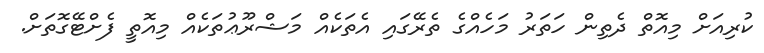
ކުރިއަށް މިއޮތް ދެތިން ހަތަރު މަހެއްގެ ތެރޭގައި އެތަކެއް މަޝްރޫޢުތަކެއް މިއޮތީ ފެށްޓޭގޮތަށް.